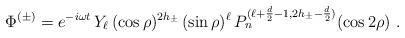
LaTeX: \begin{align*}\Phi^{(\pm)} = e^{-i\omega t} \, Y_\ell \, (\cos\rho)^{2h_\pm} \, (\sin\rho)^\ell \, P_n^{(\ell + \frac{d}{2} - 1,2h_\pm - \frac{d}{2})}(\cos 2\rho)\ .\end{align*}